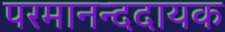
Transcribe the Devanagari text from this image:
परमानन्ददायक